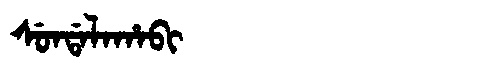
Manchu: ᠰᡠᠨᡩᠠᠯᠠᡥᠠᠪᡳ
Romanization: SUNDALAHABI